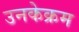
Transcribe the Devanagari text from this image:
उनकेक्रम